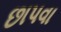
છાપવા